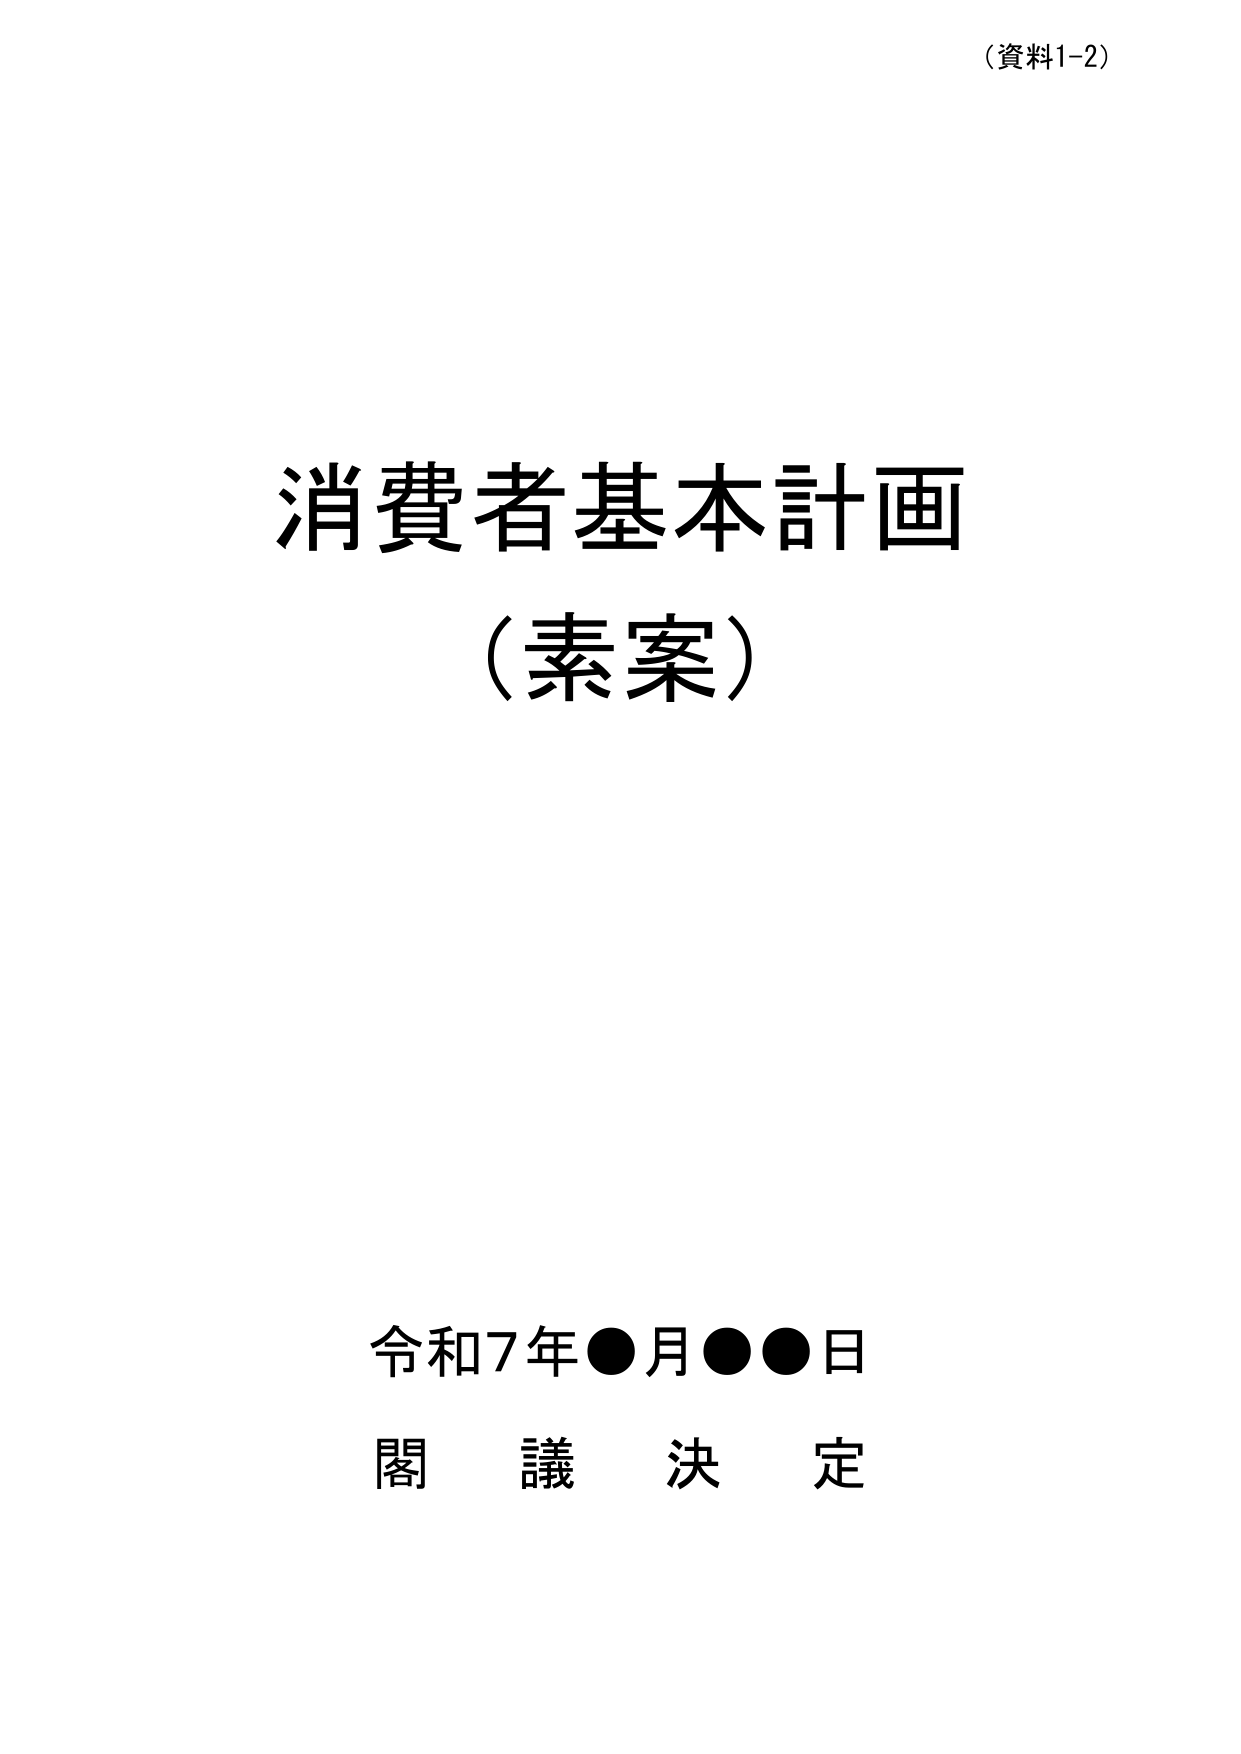
（資料1-2）

消費者基本計画
（素案）

令和7年●月●●日
閣議決定